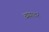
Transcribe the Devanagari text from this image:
व्ययावर